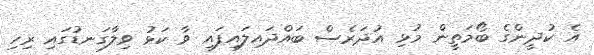
އެ ކުދީންގެ ބޯމަތީން މުޅި އުދަރެސް ބައްދައިލައިފައި ވާ ކަޅު ވިލާގަނޑުގައި ރިހި